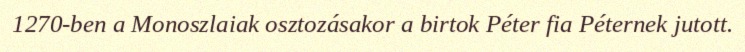
1270-ben a Monoszlaiak osztozásakor a birtok Péter fia Péternek jutott.